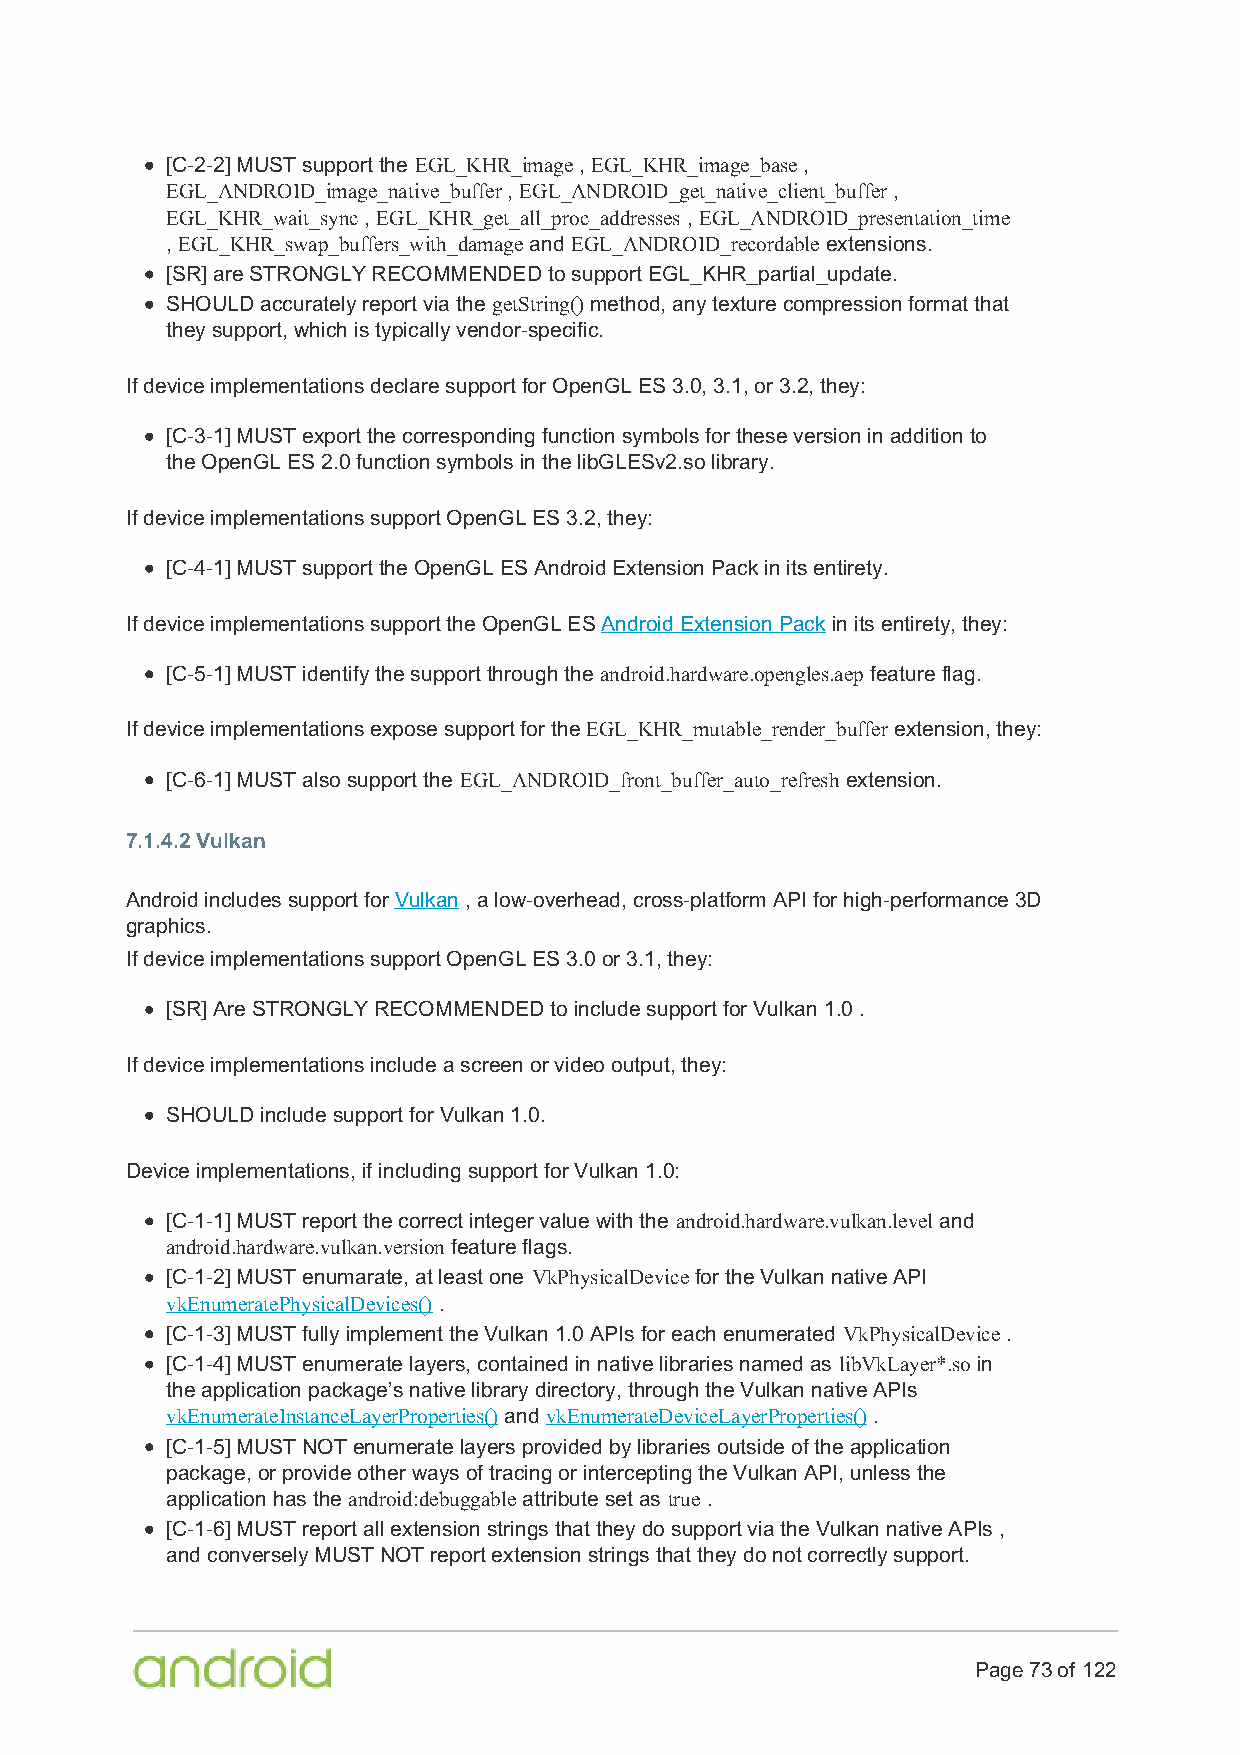
[C-2-2] MUST support the EGL_KHR_image , EGL_KHR_image_base ,
 EGL_ANDROID_image_native_buffer , EGL_ANDROID_get_native_client_buffer ,
 EGL_KHR_wait_sync , EGL_KHR_get_all_proc_addresses , EGL_ANDROID_presentation_time
 , EGL_KHR_swap_buffers_with_damage and EGL_ANDROID_recordable extensions.
 [SR] are STRONGLY RECOMMENDED to support EGL_KHR_partial_update.
 SHOULD accurately report via the getString() method, any texture compression format that
 they support, which is typically vendor-specific.
 If device implementations declare support for OpenGL ES 3.0, 3.1, or 3.2, they:
 [C-3-1] MUST export the corresponding function symbols for these version in addition to
 the OpenGL ES 2.0 function symbols in the libGLESv2.so library.
 If device implementations support OpenGL ES 3.2, they:
 [C-4-1] MUST support the OpenGL ES Android Extension Pack in its entirety.
 If device implementations support the OpenGL ES Android Extension Pack in its entirety, they:
 [C-5-1] MUST identify the support through the android.hardware.opengles.aep feature flag.
 If device implementations expose support for the EGL_KHR_mutable_render_buffer extension, they:
 [C-6-1] MUST also support the EGL_ANDROID_front_buffer_auto_refresh extension.
 7.1.4.2 Vulkan
 Android includes support for Vulkan , a low-overhead, cross-platform API for high-performance 3D
 graphics.
 If device implementations support OpenGL ES 3.0 or 3.1, they:
 [SR] Are STRONGLY RECOMMENDED to include support for Vulkan 1.0 .
 If device implementations include a screen or video output, they:
 SHOULD include support for Vulkan 1.0.
 Device implementations, if including support for Vulkan 1.0:
 [C-1-1] MUST report the correct integer value with the android.hardware.vulkan.level and
 android.hardware.vulkan.version feature flags.
 [C-1-2] MUST enumarate, at least one VkPhysicalDevice for the Vulkan native API
 vkEnumeratePhysicalDevices() .
 [C-1-3] MUST fully implement the Vulkan 1.0 APIs for each enumerated VkPhysicalDevice .
 [C-1-4] MUST enumerate layers, contained in native libraries named as libVkLayer*.so in
 the application package’s native library directory, through the Vulkan native APIs
 vkEnumerateInstanceLayerProperties() and vkEnumerateDeviceLayerProperties() .
 [C-1-5] MUST NOT enumerate layers provided by libraries outside of the application
 package, or provide other ways of tracing or intercepting the Vulkan API, unless the
 application has the android:debuggable attribute set as true .
 [C-1-6] MUST report all extension strings that they do support via the Vulkan native APIs ,
 and conversely MUST NOT report extension strings that they do not correctly support.
 Page 73 of 122